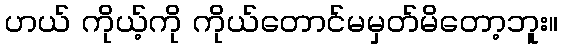
ဟယ် ကိုယ့်ကို ကိုယ်တောင်မမှတ်မိတော့ဘူး။